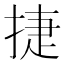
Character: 捷